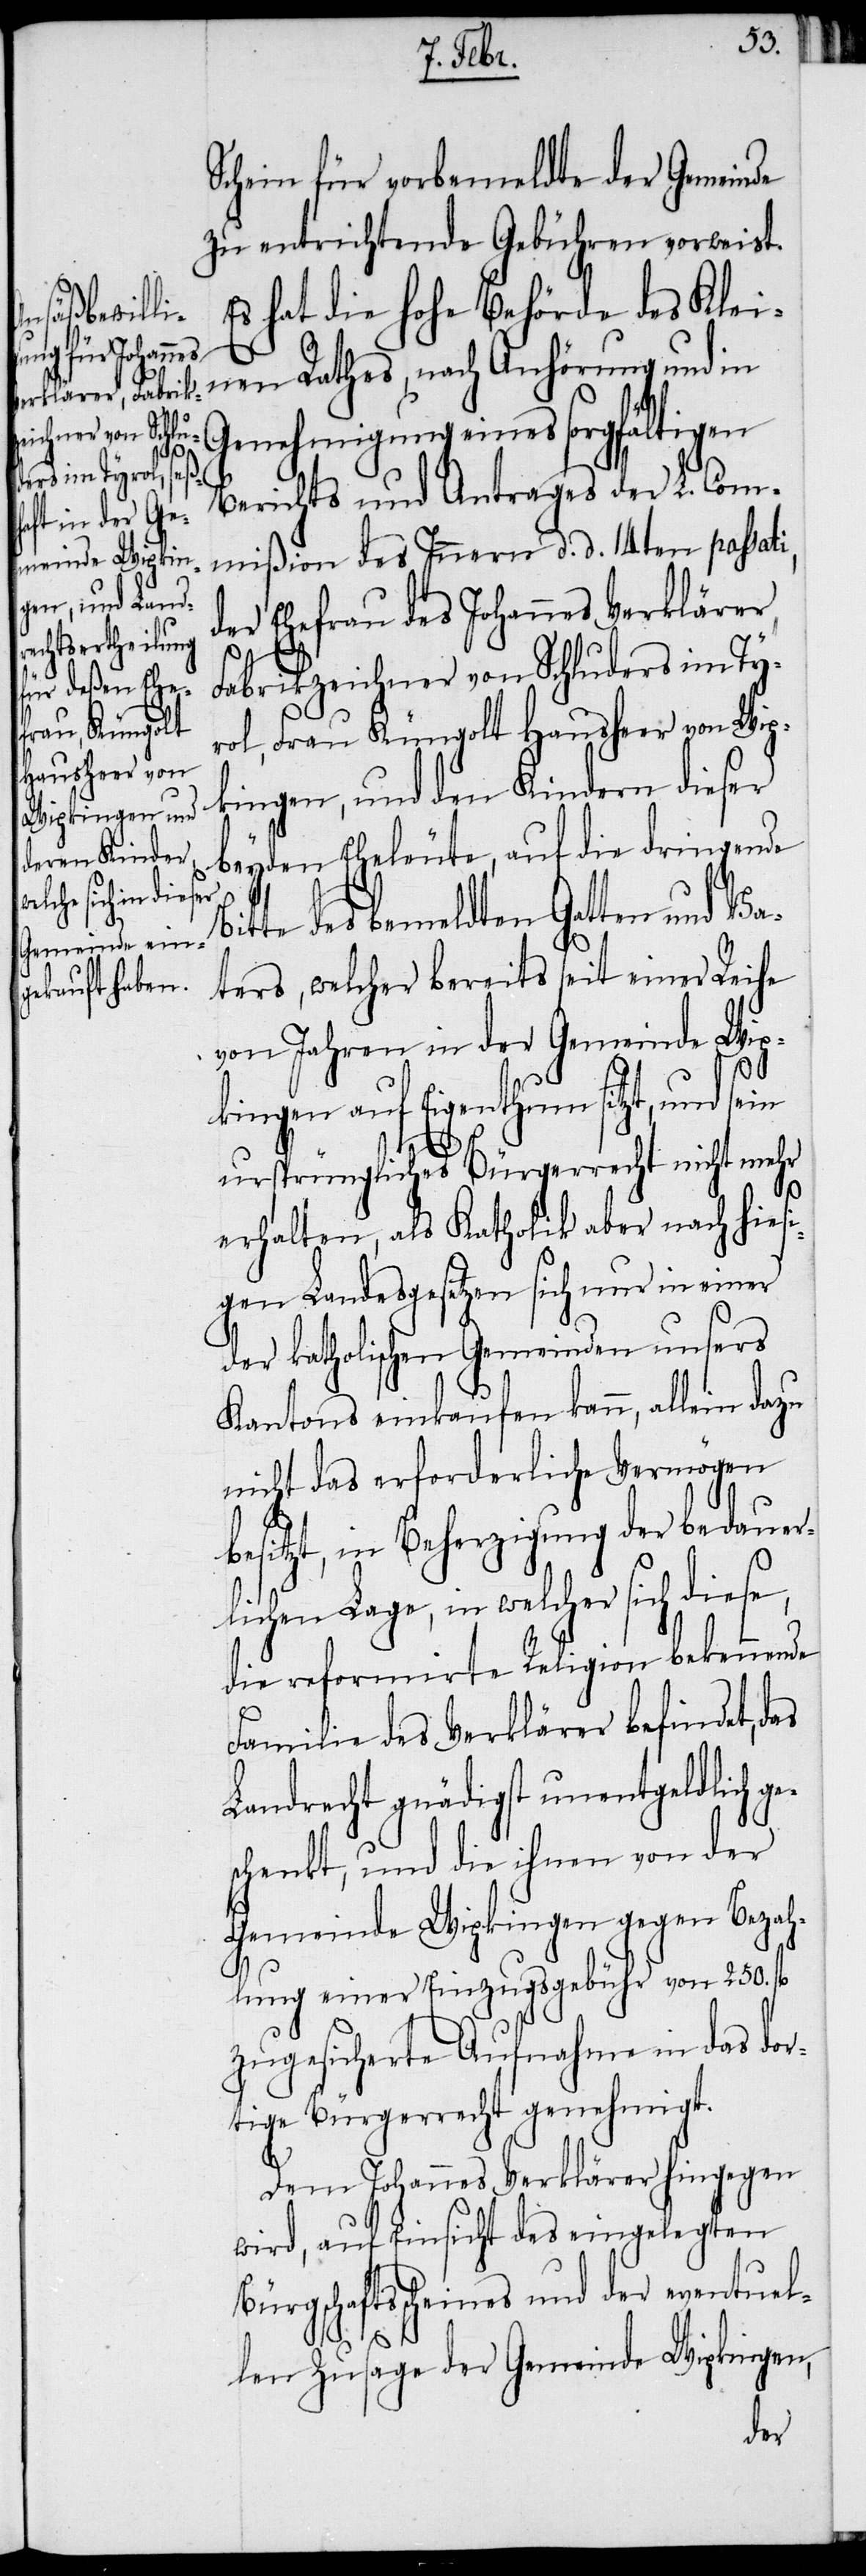
sich diese,

Schein für vorbemeldte der Gemeinde
zu entrichtende Gebühren vorweist.
Es hat die hohe Behörde des Klei¬
e¬
nen Rathes, nach Anhörung und in
Genehmigung eines sorgfältigen
Berichts und Antrages der L. Com¬
mißion des Innern d. d. 14ten passat¬
der Ehefrau des Johannes Verklärer,
Fabrikzeichner von Schluders im Ty¬
rol, Frau Küngolt Hausheer von Wip¬
kingen, und den Kindern dieser
beyden Eheleute, auf die dringende
itte des bemeldten Gatten und Va¬
ters, welcher bereits seit einer Reihe
von Jahren in der Gemeinde Wip¬
kingen auf Eigenthum sitzt, und sein
ursprüngliches Bürgerrecht nicht mehr
erhalten, als Katholik aber nach hiesi¬
gen Landesgesetzen sich nur in einer
der katholischen Gemeinden unsers
Kantons einkaufen kann, allein dazu
nicht das erforderliche Vermögen
besitzt, in Beherzigung der bedauerl¬
ichen Lage, in welcher
die reformirte Religion bekennende
Familie des Verklärer befindet, das
Landrecht gnädigst unentgeldlich g¬
schenkt, und die ihnen von der
Gemeinde Wipkingen gegen Bezah¬
lung einer Einzugsgebühr von 250. fl
zugesicherte Aufnahme in das dor¬
tige Bürgerrecht genehmigt.
Dem Johannes Verklärer hingegen
wird, auf Einsicht des eingelegten
Bürgschaftsscheines und der eventuel¬
len Zusage der Gemeinde Wipkingen,